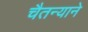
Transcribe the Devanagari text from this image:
चैतन्याने